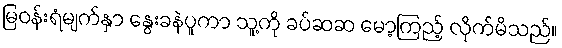
မြဝန်းရံမျက်နှာ နွေးခနဲပူကာ သူ့ကို ခပ်ဆဆ မော့ကြည့် လိုက်မိသည်။